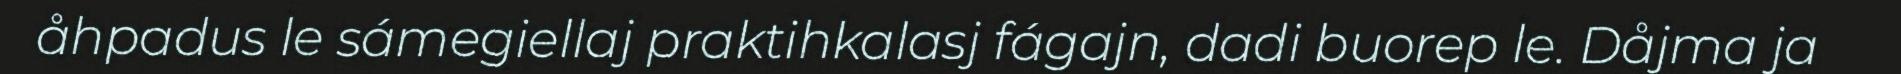
åhpadus le sámegiellaj praktihkalasj fágajn, dadi buorep le. Dåjma ja